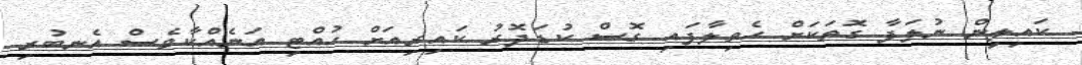
ކައިލީން ނުލަފާ ގޮތަކަށް ހެވިލާފައި ގޮސް ކުޑަދޮރު ކައިރިއަށް ހުއްޓި އަނެއްކާވެސް އެނބުރި